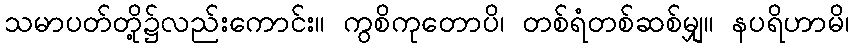
သမာပတ်တို့၌လည်းကောင်း။ ကွစိကုတောပိ၊ တစ်ရံတစ်ဆစ်မျှ။ နပရိဟာမိ၊